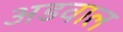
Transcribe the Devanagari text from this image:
अडवाल